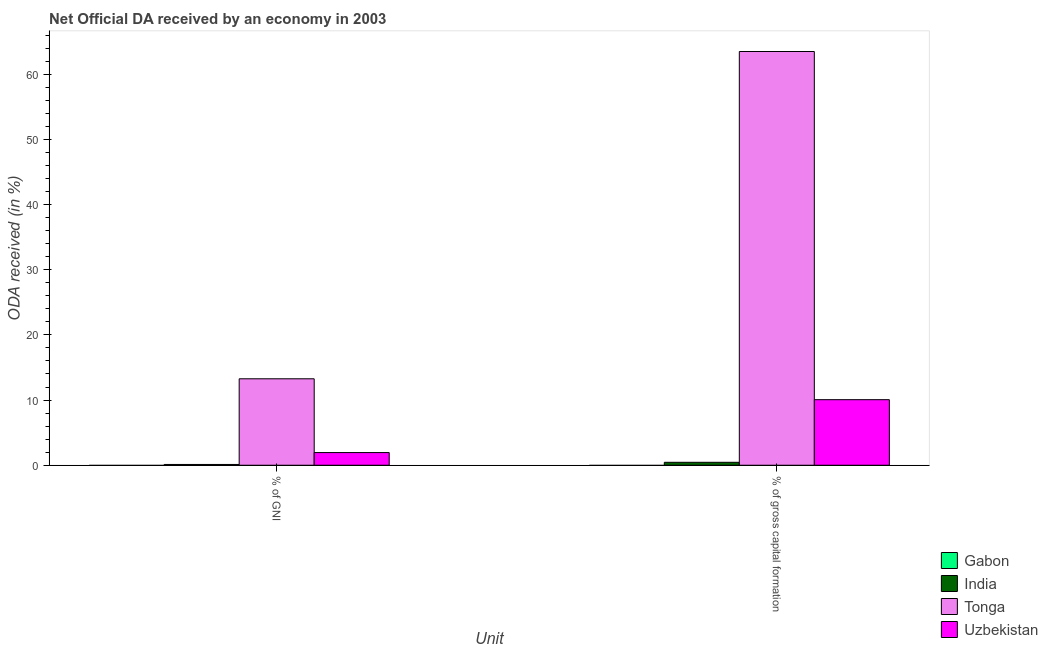
| Unit | Gabon | India | Tonga | Uzbekistan |
 | --- | --- | --- | --- | --- |
 | % of GNI | -0.183 | 0.119 | 13.3 | 1.94 |
 | % of gross capital formation | -0.719 | 0.452 | 63.5 | 10.1 |